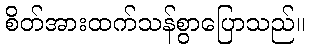
စိတ်အားထက်သန်စွာပြောသည်။